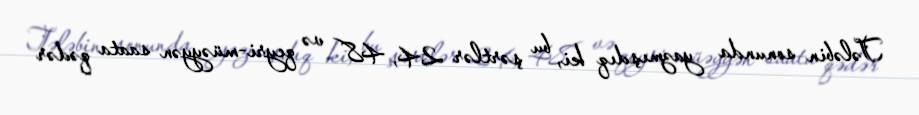
Tələbin sonunda yazmışdıq ki, bu şərtlər 24, 48 və qeyri-müəyyən saata qədər